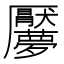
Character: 𱘬